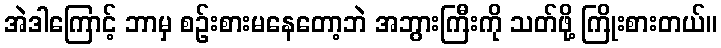
အဲဒါကြောင့် ဘာမှ စဉ်းစားမနေတော့ဘဲ အဘွားကြီးကို သတ်ဖို့ ကြိုးစားတယ်။